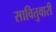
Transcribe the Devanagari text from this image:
सावितुवारी